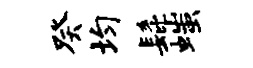
癸均髭嗤